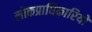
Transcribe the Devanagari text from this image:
लोकप्राधिकारियों